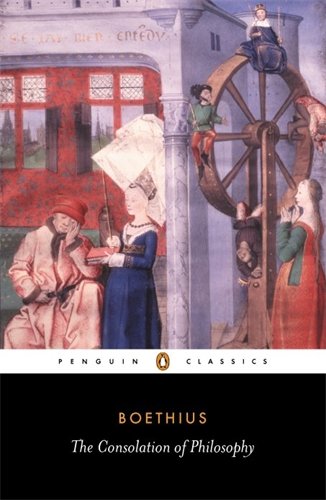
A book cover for The Consolation of Philosophy (Penguin Classics); Ancius Boethius; Politics & Social Sciences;